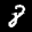
Label: 8